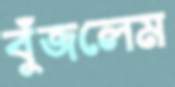
বুঁজলেম